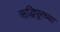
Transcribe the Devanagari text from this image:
ऋद्धिपूरच्या